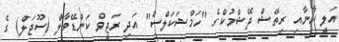
އަަލީ ހާނާއި ރިތޭޝް ދޭޝްމުކްގެ "ހަމްޝަކަލްސް" އަދި ރަޖީވް ކަންޑޭވާލް (ސޫޖަލް) ގެ